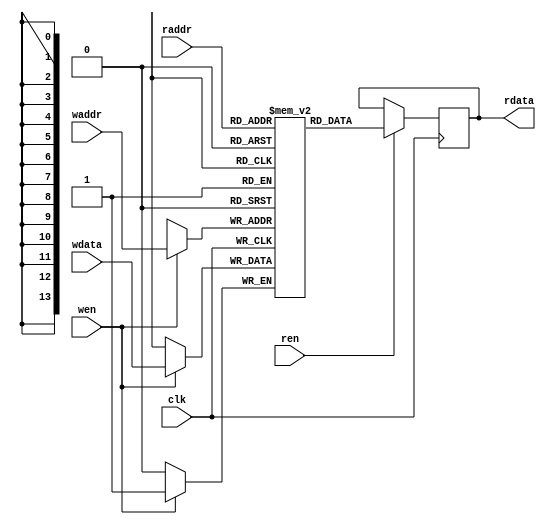
module sprite_memory (
    input clk, wen, ren,
    input [13:0] waddr, raddr,
    input wdata,
    output reg rdata
);
    reg [0:0] mem [0:16383];   // enough memory for 64 16x16 sprites @ 1bpp
    always @(posedge clk) begin
      if (ren)
        rdata <= mem[raddr];
      if (wen)
        mem[waddr] <= wdata;
    end
endmodule